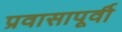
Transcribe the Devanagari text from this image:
प्रवासापूर्वी